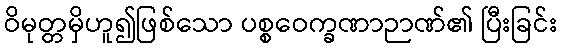
ဝိမုတ္တမှိဟူ၍ဖြစ်သော ပစ္စဝေက္ခဏာဉာဏ်၏ ပြီးခြင်း